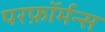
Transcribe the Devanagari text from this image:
परफ़ॉर्मन्स